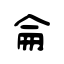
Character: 侖